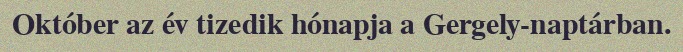
Október az év tizedik hónapja a Gergely-naptárban.